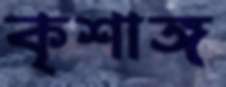
কৃশাঙ্গ